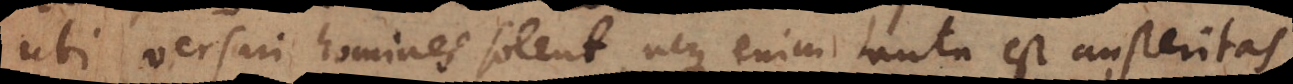
ubi versari homines solent, neque enim tanta est austeritas